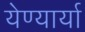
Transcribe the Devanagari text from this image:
येण्यार्या